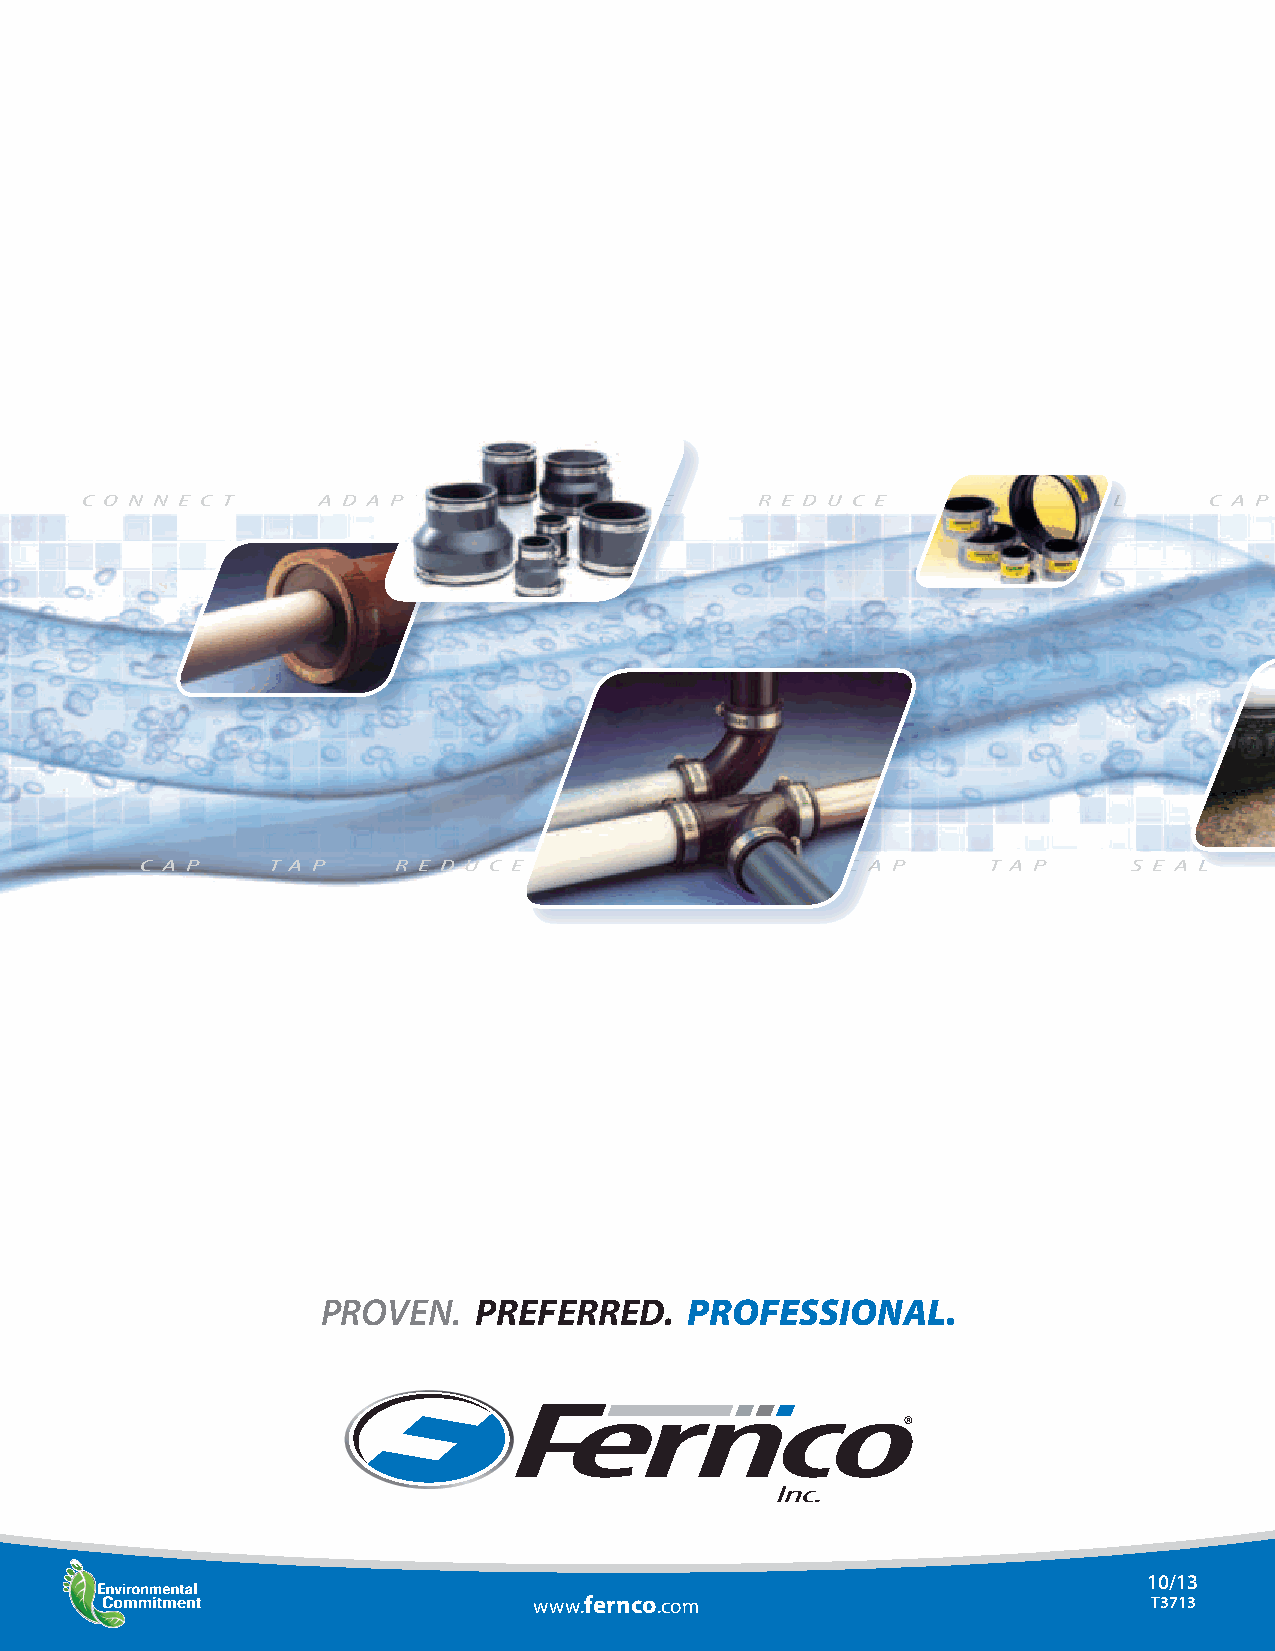
C O N N E C T   A D A P T    I N C R E A S E R E D U C E   C H A N N E L   C A P
 C A P    T A P   R E D U C E   C H A N N E L   C A P     T A P    S E A L
 PROVEN.   PREFERRED.     PROFESSIONAL.
 10/13
 www.fernco.com                           T3713